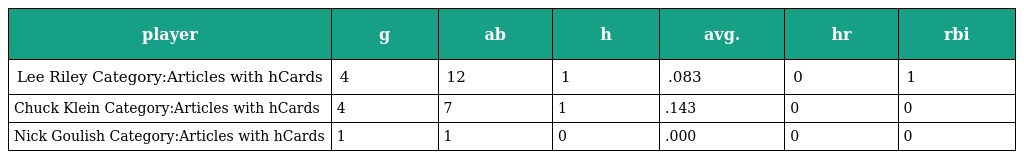
| player | g | ab | h | avg. | hr | rbi |
 | --- | --- | --- | --- | --- | --- | --- |
 | Lee Riley Category:Articles with hCards | 4 | 12 | 1 | .083 | 0 | 1 |
 | Chuck Klein Category:Articles with hCards | 4 | 7 | 1 | .143 | 0 | 0 |
 | Nick Goulish Category:Articles with hCards | 1 | 1 | 0 | .000 | 0 | 0 |